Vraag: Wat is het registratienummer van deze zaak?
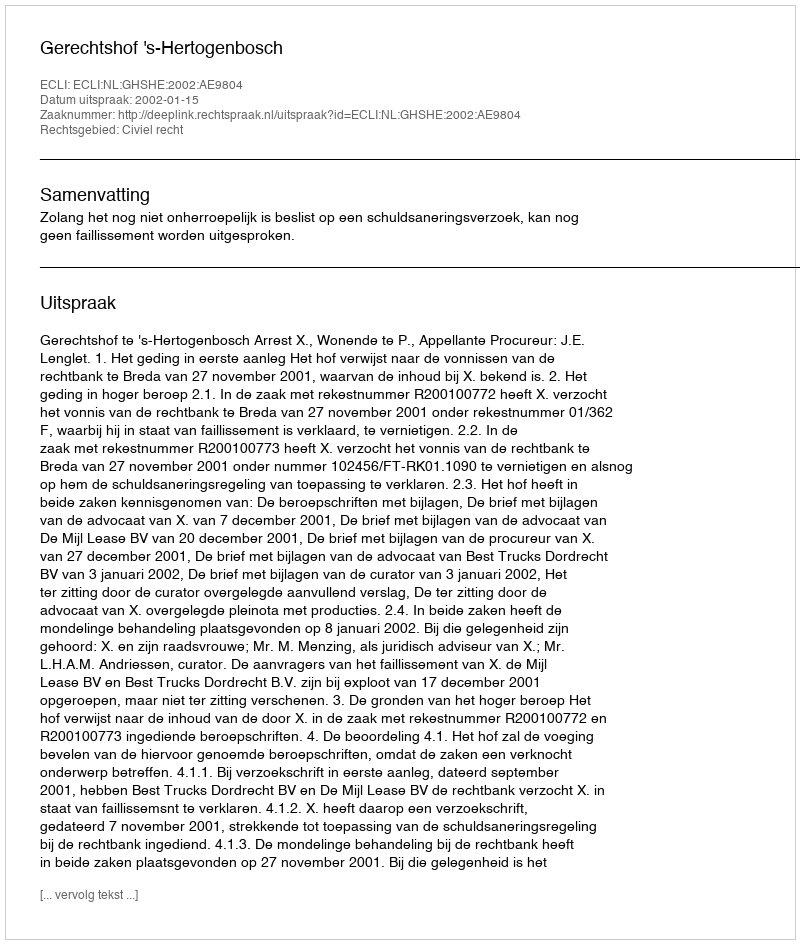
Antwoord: http://deeplink.rechtspraak.nl/uitspraak?id=ECLI:NL:GHSHE:2002:AE9804